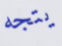
يتجه